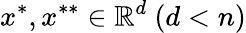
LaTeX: x^{*},x^{**}\in\mathbb{R}^{d}\ (d<n)